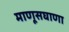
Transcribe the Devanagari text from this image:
माणूसघाणा